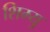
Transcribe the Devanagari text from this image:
शिम्यु